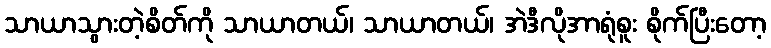
သာယာသွားတဲ့စိတ်ကို သာယာတယ်၊ သာယာတယ်၊ အဲဒီလိုအာရုံစူး စိုက်ပြီးတော့